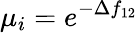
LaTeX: \mu_{i}=e^{-\Delta f_{12}}